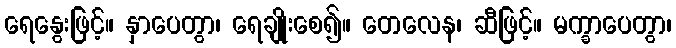
ရေနွေးဖြင့်။ နှာပေတွာ၊ ရေချိုးစေ၍။ တေလေန၊ ဆီဖြင့်။ မက္ခာပေတွာ၊